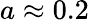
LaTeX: a\approx 0.2